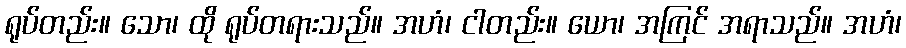
ရုပ်တည်း။ သော၊ ထို ရုပ်တရားသည်။ အဟံ၊ ငါတည်း။ ယော၊ အကြင် အရာသည်။ အဟံ၊